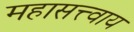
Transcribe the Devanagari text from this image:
महासत्त्वाय